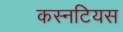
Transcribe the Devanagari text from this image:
कस्नटियस